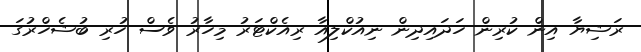
ރަޝިޔާ އިން ކުރިން ހަދައިދިން ނިއުކްލިއާ ރިއެކްޓަރު މިހާރު ވެސް ހުރި ބުޝެހްރުގަ